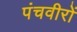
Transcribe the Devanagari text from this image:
पंचवीरों